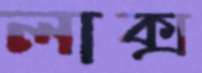
লাক্স